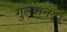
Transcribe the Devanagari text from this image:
गुलशनदा